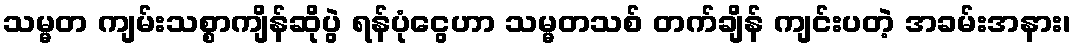
သမ္မတ ကျမ်းသစ္စာကျိန်ဆိုပွဲ ရန်ပုံငွေဟာ သမ္မတသစ် တက်ချိန် ကျင်းပတဲ့ အခမ်းအနား၊